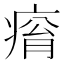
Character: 𤷥